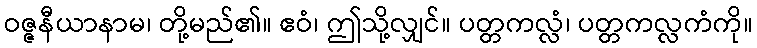
ဝဇ္ဇနီယာနာမ၊ တို့မည်၏။ ဧဝံ၊ ဤသို့လျှင်။ ပတ္တကလ္လံ၊ ပတ္တကလ္လကံကို။